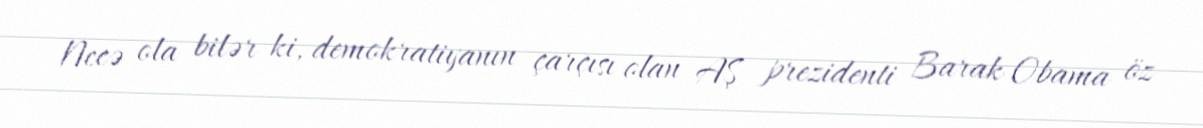
Necə ola bilər ki, demokratiyanın çarçısı olan AŞ prezidenti Barak Obama öz